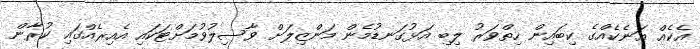
އެކެއް އަނެކެއްގެ ކިބައިން ހިތްވަރު ލިބި އަޅުގަނޑުމެން މަންޒިލަށް ވާސިލުވުމަށްޓަކައި އެއިރެއްގައި ކުރާން